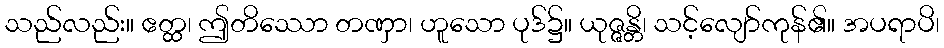
သည်လည်း။ ဧတ္ထ၊ ဤတိဿော တဏှာ၊ ဟူသော ပုဒ်၌။ ယုဇ္ဇန္တိ၊ သင့်လျော်ကုန်၏။ အပရာပိ၊